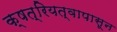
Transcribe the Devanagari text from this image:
क्षत्रियत्वापासून